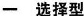
一 选择型